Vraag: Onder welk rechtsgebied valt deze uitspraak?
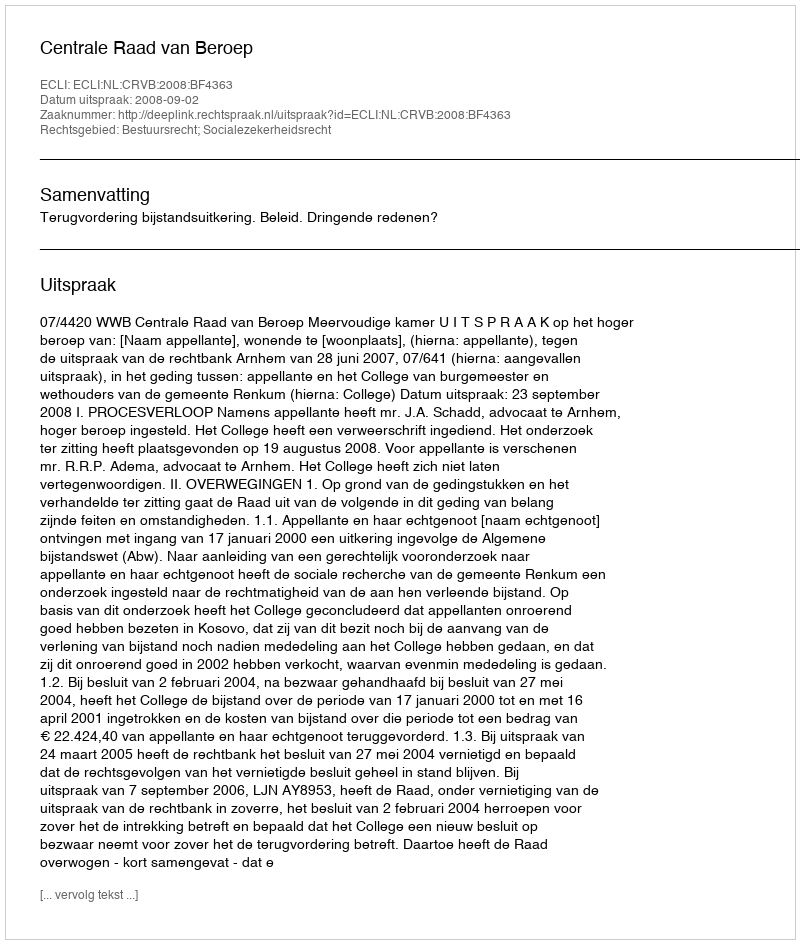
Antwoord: Bestuursrecht; Socialezekerheidsrecht